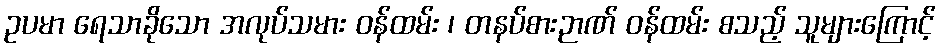
ဥပမာ ရေသာခိုသော အလုပ်သမား ဝန်ထမ်း ၊ တနပ်စားဉာဏ် ဝန်ထမ်း စသည့် သူများကြောင့်